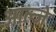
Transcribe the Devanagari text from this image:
आल्जे